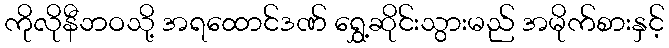
ကိုလိုနီဘဝသို့ အရထောင်ဒဏ် ရွှေ့ဆိုင်းသွားမည် အမိုက်စားနှင့်